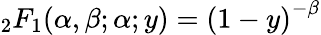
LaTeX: {}_{2}F_{1}\! \left(\alpha,\beta;\alpha;y\right)=\left(1-y\right)^{-\beta}